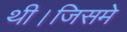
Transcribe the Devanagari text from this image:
थी।जिसमे